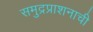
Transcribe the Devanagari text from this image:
समुद्रप्राशनाची